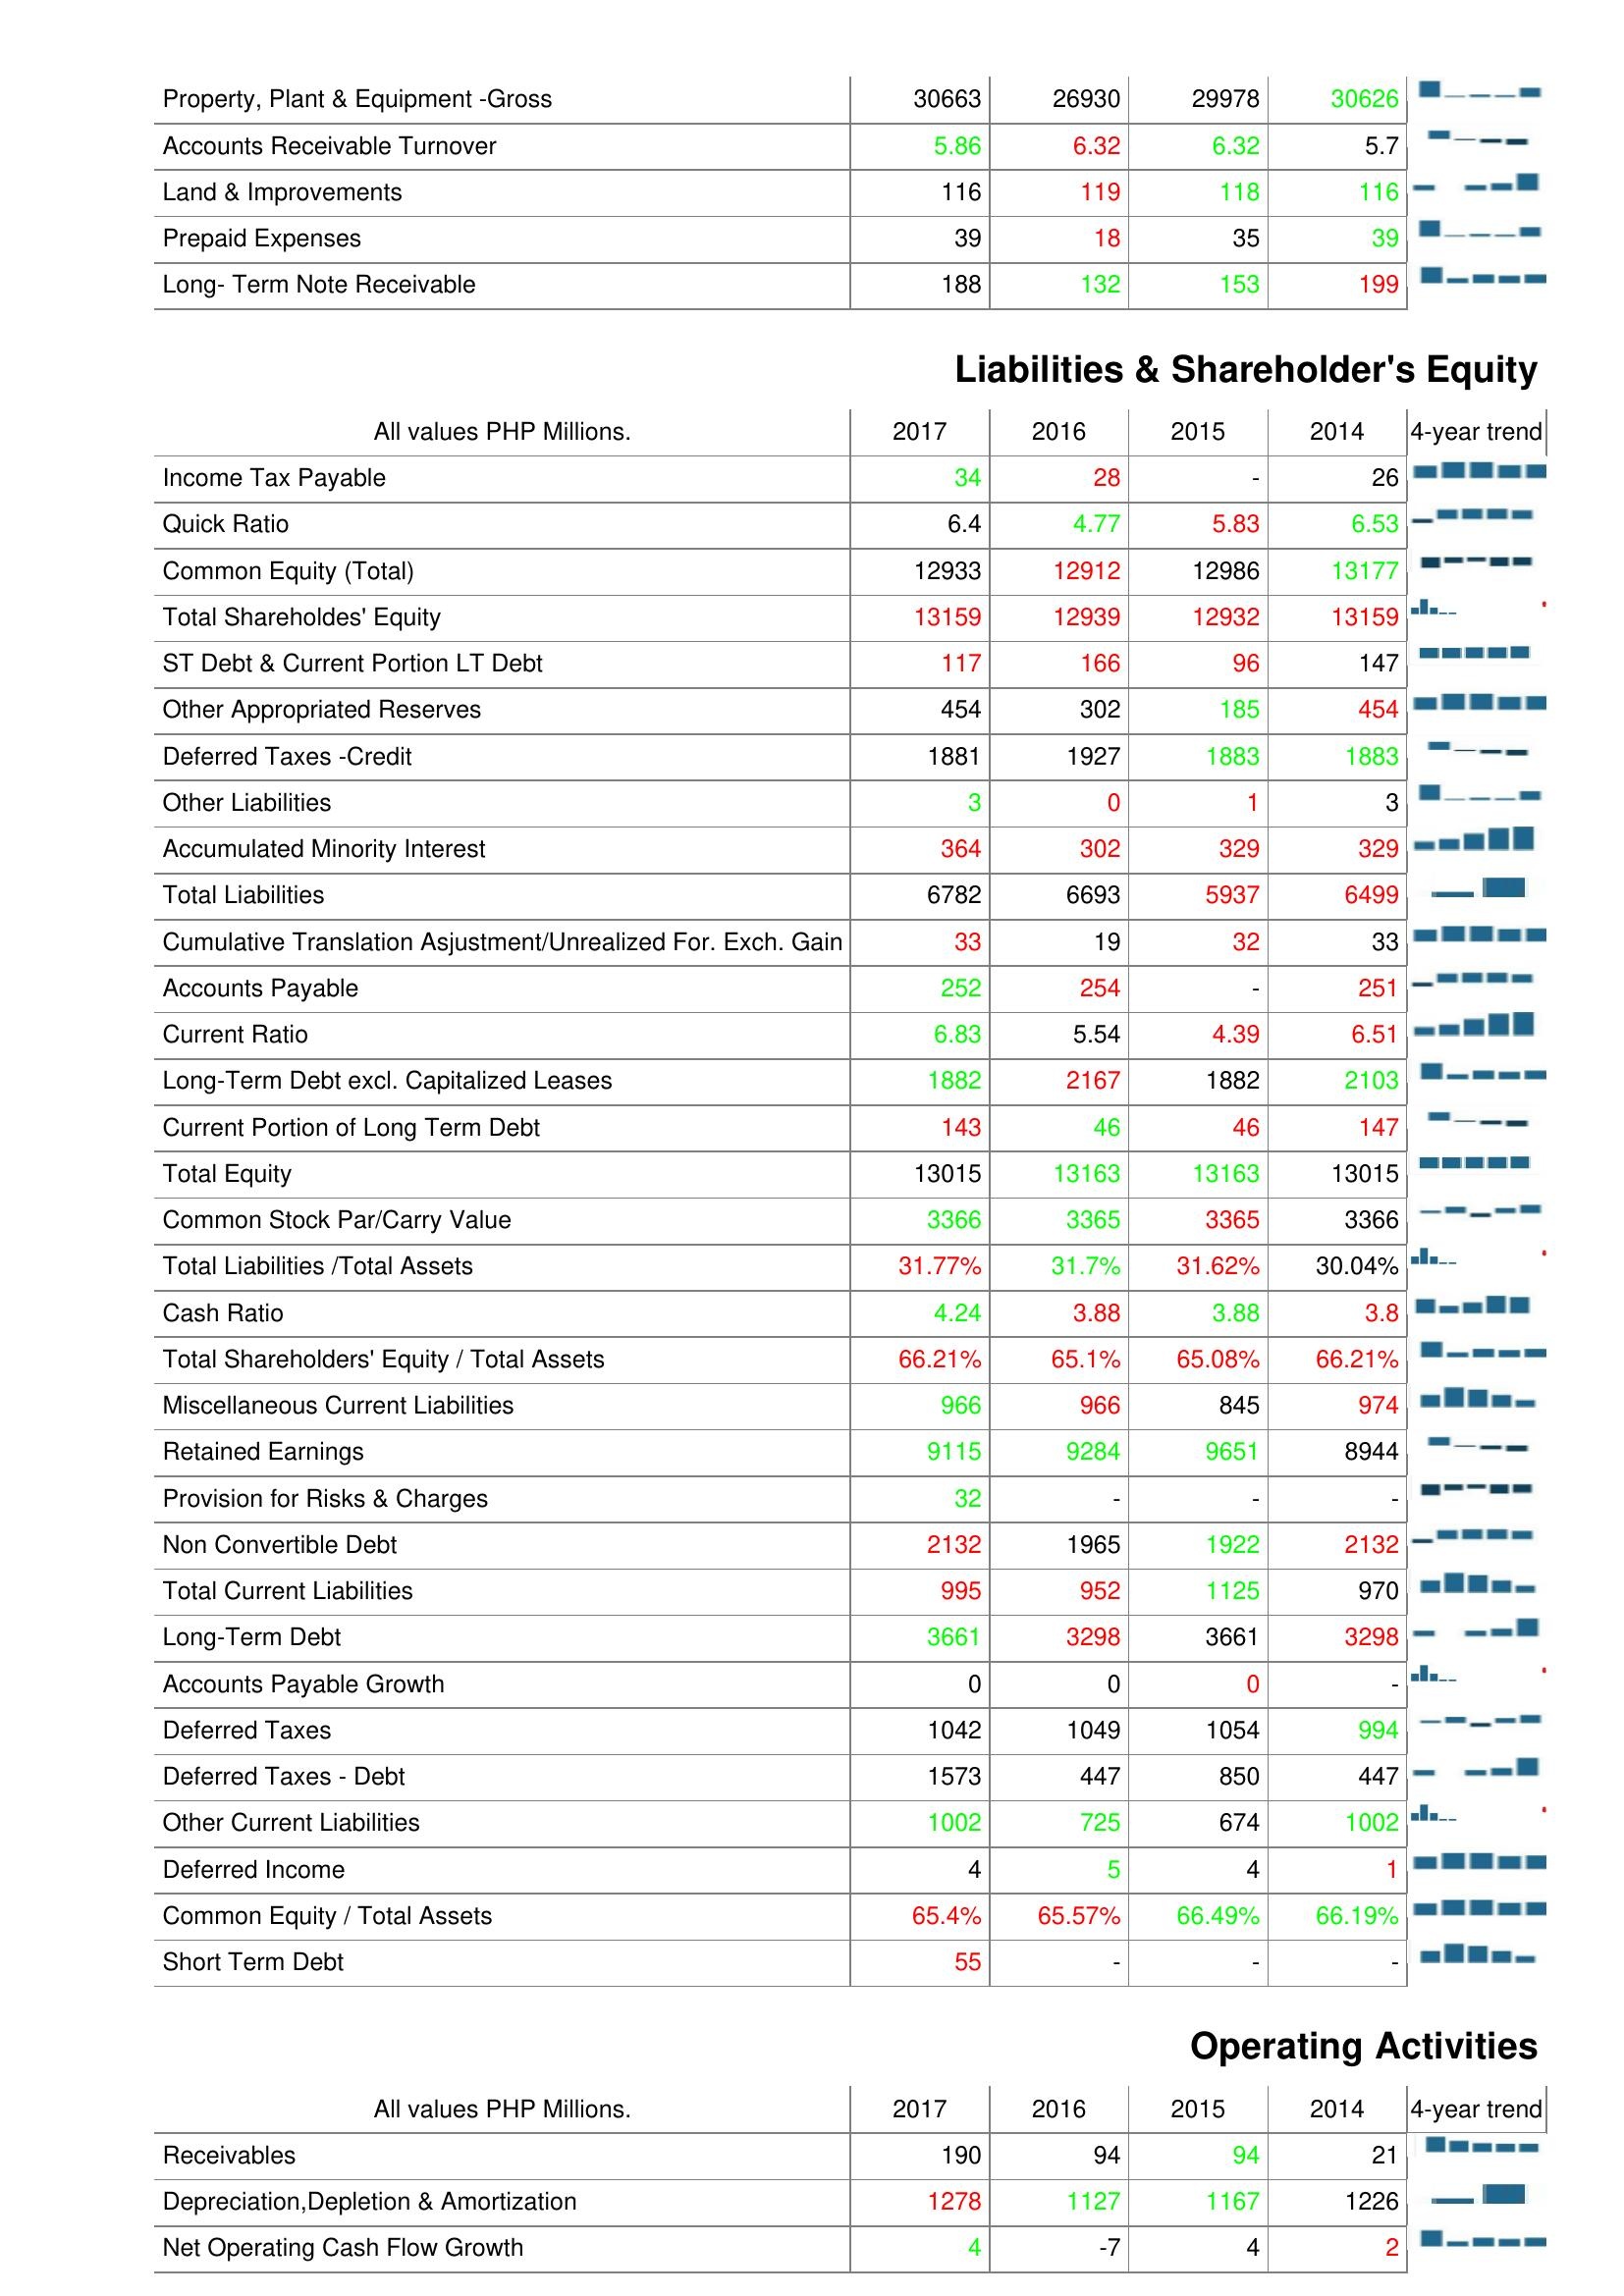
2017: Assets: Property, Plant & Equipment -Gross: 30663
Accounts Receivable Turnover: 5.86
Land & Improvements: 116
Prepaid Expenses: 39
Long- Term Note Receivable: 188
Liabilities & Shareholder's Equity: Income Tax Payable: 34
Quick Ratio: 6.4
Common Equity (Total): 12933
Total Shareholdes' Equity: 13159
ST Debt & Current Portion LT Debt: 117
Other Appropriated Reserves: 454
Deferred Taxes -Credit: 1881
Other Liabilities: 3
Accumulated Minority Interest: 364
Total Liabilities: 6782
Cumulative Translation Asjustment/Unrealized For. Exch. Gain: 33
Accounts Payable: 252
Current Ratio: 6.83
Long-Term Debt excl. Capitalized Leases: 1882
Current Portion of Long Term Debt: 143
Total Equity: 13015
Common Stock Par/Carry Value: 3366
Total Liabilities /Total Assets: 31.77%
Cash Ratio: 4.24
Total Shareholders' Equity / Total Assets: 66.21%
Miscellaneous Current Liabilities: 966
Retained Earnings: 9115
Provision for Risks & Charges: 32
Non Convertible Debt: 2132
Total Current Liabilities: 995
Long-Term Debt: 3661
Accounts Payable Growth: 0
Deferred Taxes: 1042
Deferred Taxes - Debt: 1573
Other Current Liabilities: 1002
Deferred Income: 4
Common Equity / Total Assets: 65.4%
Short Term Debt: 55
Operating Activities: Receivables: 190
Depreciation,Depletion & Amortization: 1278
Net Operating Cash Flow Growth: 4
2016: Assets: Property, Plant & Equipment -Gross: 26930
Accounts Receivable Turnover: 6.32
Land & Improvements: 119
Prepaid Expenses: 18
Long- Term Note Receivable: 132
Liabilities & Shareholder's Equity: Income Tax Payable: 28
Quick Ratio: 4.77
Common Equity (Total): 12912
Total Shareholdes' Equity: 12939
ST Debt & Current Portion LT Debt: 166
Other Appropriated Reserves: 302
Deferred Taxes -Credit: 1927
Other Liabilities: 0
Accumulated Minority Interest: 302
Total Liabilities: 6693
Cumulative Translation Asjustment/Unrealized For. Exch. Gain: 19
Accounts Payable: 254
Current Ratio: 5.54
Long-Term Debt excl. Capitalized Leases: 2167
Current Portion of Long Term Debt: 46
Total Equity: 13163
Common Stock Par/Carry Value: 3365
Total Liabilities /Total Assets: 31.7%
Cash Ratio: 3.88
Total Shareholders' Equity / Total Assets: 65.1%
Miscellaneous Current Liabilities: 966
Retained Earnings: 9284
Provision for Risks & Charges: -
Non Convertible Debt: 1965
Total Current Liabilities: 952
Long-Term Debt: 3298
Accounts Payable Growth: 0
Deferred Taxes: 1049
Deferred Taxes - Debt: 447
Other Current Liabilities: 725
Deferred Income: 5
Common Equity / Total Assets: 65.57%
Short Term Debt: -
Operating Activities: Receivables: 94
Depreciation,Depletion & Amortization: 1127
Net Operating Cash Flow Growth: -7
2015: Assets: Property, Plant & Equipment -Gross: 29978
Accounts Receivable Turnover: 6.32
Land & Improvements: 118
Prepaid Expenses: 35
Long- Term Note Receivable: 153
Liabilities & Shareholder's Equity: Income Tax Payable: -
Quick Ratio: 5.83
Common Equity (Total): 12986
Total Shareholdes' Equity: 12932
ST Debt & Current Portion LT Debt: 96
Other Appropriated Reserves: 185
Deferred Taxes -Credit: 1883
Other Liabilities: 1
Accumulated Minority Interest: 329
Total Liabilities: 5937
Cumulative Translation Asjustment/Unrealized For. Exch. Gain: 32
Accounts Payable: -
Current Ratio: 4.39
Long-Term Debt excl. Capitalized Leases: 1882
Current Portion of Long Term Debt: 46
Total Equity: 13163
Common Stock Par/Carry Value: 3365
Total Liabilities /Total Assets: 31.62%
Cash Ratio: 3.88
Total Shareholders' Equity / Total Assets: 65.08%
Miscellaneous Current Liabilities: 845
Retained Earnings: 9651
Provision for Risks & Charges: -
Non Convertible Debt: 1922
Total Current Liabilities: 1125
Long-Term Debt: 3661
Accounts Payable Growth: 0
Deferred Taxes: 1054
Deferred Taxes - Debt: 850
Other Current Liabilities: 674
Deferred Income: 4
Common Equity / Total Assets: 66.49%
Short Term Debt: -
Operating Activities: Receivables: 94
Depreciation,Depletion & Amortization: 1167
Net Operating Cash Flow Growth: 4
2014: Assets: Property, Plant & Equipment -Gross: 30626
Accounts Receivable Turnover: 5.7
Land & Improvements: 116
Prepaid Expenses: 39
Long- Term Note Receivable: 199
Liabilities & Shareholder's Equity: Income Tax Payable: 26
Quick Ratio: 6.53
Common Equity (Total): 13177
Total Shareholdes' Equity: 13159
ST Debt & Current Portion LT Debt: 147
Other Appropriated Reserves: 454
Deferred Taxes -Credit: 1883
Other Liabilities: 3
Accumulated Minority Interest: 329
Total Liabilities: 6499
Cumulative Translation Asjustment/Unrealized For. Exch. Gain: 33
Accounts Payable: 251
Current Ratio: 6.51
Long-Term Debt excl. Capitalized Leases: 2103
Current Portion of Long Term Debt: 147
Total Equity: 13015
Common Stock Par/Carry Value: 3366
Total Liabilities /Total Assets: 30.04%
Cash Ratio: 3.8
Total Shareholders' Equity / Total Assets: 66.21%
Miscellaneous Current Liabilities: 974
Retained Earnings: 8944
Provision for Risks & Charges: -
Non Convertible Debt: 2132
Total Current Liabilities: 970
Long-Term Debt: 3298
Accounts Payable Growth: -
Deferred Taxes: 994
Deferred Taxes - Debt: 447
Other Current Liabilities: 1002
Deferred Income: 1
Common Equity / Total Assets: 66.19%
Short Term Debt: -
Operating Activities: Receivables: 21
Depreciation,Depletion & Amortization: 1226
Net Operating Cash Flow Growth: 2